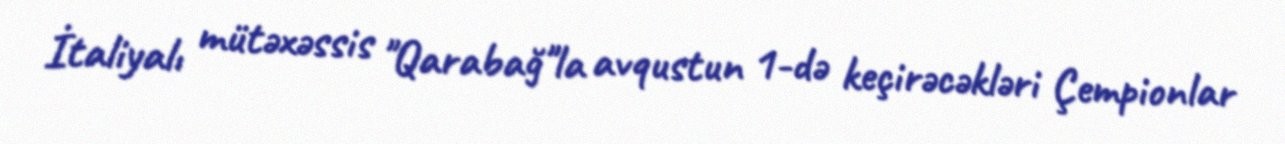
İtaliyalı mütəxəssis "Qarabağ"la avqustun 1-də keçirəcəkləri Çempionlar